Report on the cultivation and use of ganja
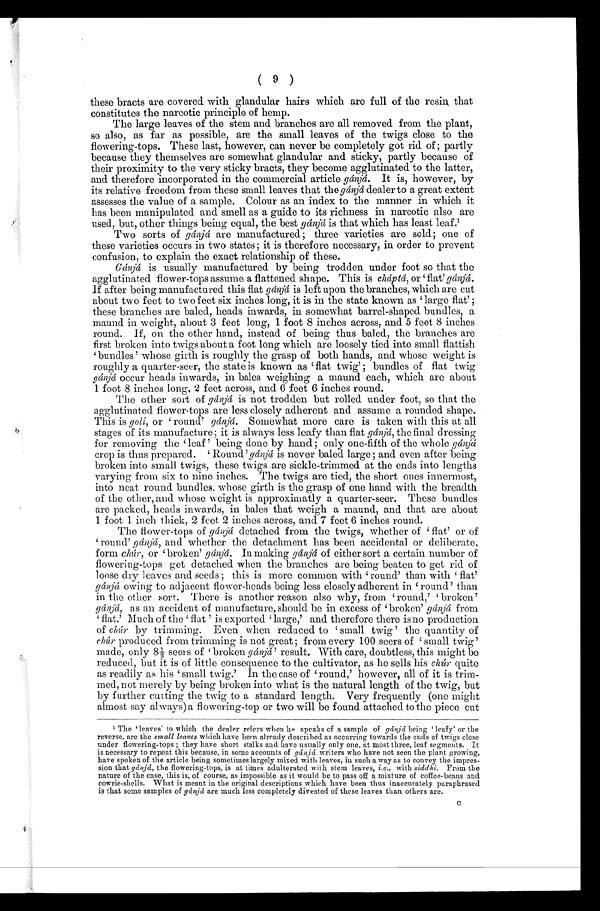
(9)
these bracts are covered. with glandular hairs which are full of the resin that
constitutes the narcotic principle of hemp.
The large leaves of the stem and branches are all removed from the plant,
so also, as far as possible, are the small leaves of the twigs close to the
flowering-tops. These last, however, can never be completely got rid of ; partly
because they themselves are somewhat glandular and sticky, partly because of
their proximity to the very sticky bracts, they become agglutinated to the latter,
and therefore incorporated in the commercial article gánjá. It is, however, by
its relative freedom from these small leaves that the gánjá dealer to a great extent
assesses the value of a sample. Colour as an index to the manner in which it
has been manipulated. and smell as a guide to its richness in narcotic also are
used, but, other things being equal, the best gánjá is that which has least leaf. 1
T wo sorts of gánjá are manufactured ; three varieties are sold ; one of
these varieties occurs in two states ; it is therefore necessary, in order to prevent
confusion, to explain the exact relationship of these.
Gánjá is usually manufactured by being trodden under foot so that the
agglutinated flower-tops assume a flattened shape. This is cháptá, or flat' gánjá.
If after being manufactured this flat gánjá is left upon the branches, which are cut
about two feet to two feet six inches long, it is in the state known as 'large flat' ;
these branches are baled, heads inwards, in somewhat barrel-shaped bundles, a
maund in weight, about 3 feet long, 1 foot 8 inches across, and 5 feet 8 inches
round. If, on the other hand, instead of being thus baled, the branches are
first broken into twigs about a foot long which are loosely tied into small flattish
bundles ' whose girth is roughly the grasp of both hands, and whose weight is
roughly a quarter-seer, the state is known as 'flat twig' ; bundles of flat twig
gánjá occur heads inwards, in bales weighing a maund each, which are about
1 foot 8 inches long, 2 feet across, and 6 feet 6 inches round.
The other sort of gánjá is not trodden but rolled under foot, so that the
agglutinated flower-tops are less closely adherent and assume a rounded shape.
This is goli, or 'r o u n d . '
g á n j á .
S o m e w h a t m o r e c a r e i s t a k e n w i t h t h i s a t a l l
stages of its manufacture; it is always less leafy than flat gánjá, the final dressing
for removing the leaf ' being clone by hand; only one-fifth of the whole gánjá
crop is thus prepared. ' Round 'g á n j á
i s n e v e r b a l e d l a r g e ; a n d e v e n a f t e r b e i n g
broken into small twigs, these twigs are sickle-trimmed at the ends into lengths
varying from six to nine inches. The twigs are tied, the short ones innermost,
into neat round bundles, whose girth is the grasp of one hand with the breadth
of the other, and whose weight is approximatly a quarter-seer. These bundles
are packed, heads inwards, in bales that weigh a maund, and that are about
1 foot 1 inch thick, 2 feet. 2 inches across, and 7 feet 6 inches round.
The flower-tops of gánjá detached from the twigs, whether of flat' or of
round' gánjá, and whether the detachment has been accidental or deliberate,
form chúr, or 'broken' gánjá. In making gánjáo f e i t h e r s o r t a c e r t a i n n u m b e r o f
flowering-tops get detached when the branches are being beaten to get rid of
loose dry leaves and seeds ; this is more common with 'round' than with flat'
gánjá owing to adjacent flower-heads being less closely adherent round' than
in the other sort. There is another reason also why, from round," broken'
gánjá, as an accident of manufacture, should be in excess of 'broken' gánjáfrom
flat,' Much of the flat ' is exported large,' and therefore there is no production
of chúr by trimming. Even when reduced to small twig' the quantity of
chúr produced from trimming is not great ; from every 100 seers of small twig'
made, only 8½ seers of ' brokeng á n j á '
r e s u l t . W i t h c a r e , d o u b t l e s s , t h i s m i g h t b e
reduced, but it is of little consequence to the cultivator, as he sells his chúr quite
as readily as his small twig.' In the case of 'round,' however, all of it is trim-
med, not merely, by being broken into what is the natural length of the twig, but
by further cutting the twig to a standard length. Very frequently (one might
almost say always) a flowering-top or two will be found attached to the piece cut
1 The 'leaves' to which the dealer refers when he speaks of a sample of gánjá bei ng ' l eaf y' or t he
reverse, are the small leaves which have been already described as occurring towards the ends of twigs close
under flowering-tops ; they have short stalks and have usually only one, at most three, leaf segments. It
is necessary to repeat this because, in some accounts of gánjá. writers who have not seen the plant growing,
have spoken of the article being sometimes largely mixed with leaves, in such a way as to convey the impres-
sion that gánjá, the flowering-tops, is at times adulterated with stem leaves, i.e., with siddhi. From the
nature of the case, this is, of course, as impossible as it would be to pass off a mixture of coffee-beaus and
cowrie-shells. What is meant in the original descriptions which have been thus inaccurately paraphrased
is that some samples of gánjá are much less completely divested of these leaves than others are.